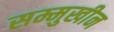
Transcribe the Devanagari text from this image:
सम्मुखीन